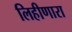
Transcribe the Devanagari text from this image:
लिहीणारा